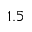
1 . 5